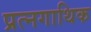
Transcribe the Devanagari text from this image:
प्रत्नगाथिक